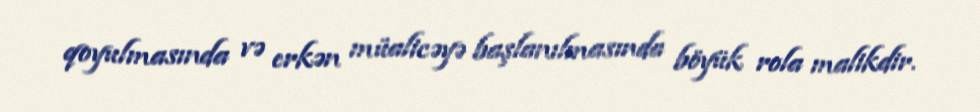
qoyulmasında və erkən müalicəyə başlanılmasında böyük rola malikdir.